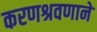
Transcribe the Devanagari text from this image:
करणश्रवणाने